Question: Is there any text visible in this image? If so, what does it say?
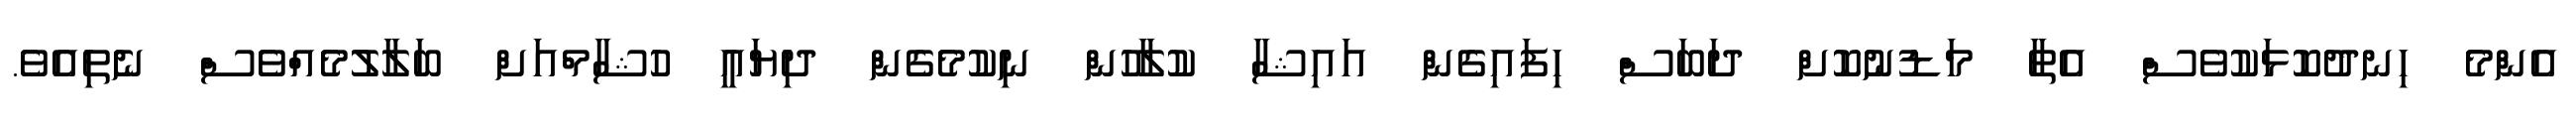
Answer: އެންމެ ހިނދުކޮޅަކުވެސް އެތާ މަޑުނުކޮށް ދަބަސް ހިފައިގެން އައިޝާ ކުލާހުން ނިކުމެގެން ދިޔައީ ހުޝާމްއަށް ބަލާލުމެއްވެސް ނެތިއެވެ.